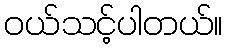
၀ယ်သင့်ပါတယ်။